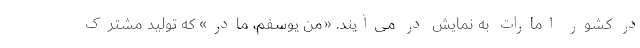
در کشور امارات به نمایش در می‌آیند. «من يوسفم، مادر» که تولید مشترک